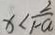
x < \frac { 2 } { 1 - a }